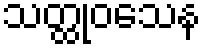
သတ္ထုဝသေန